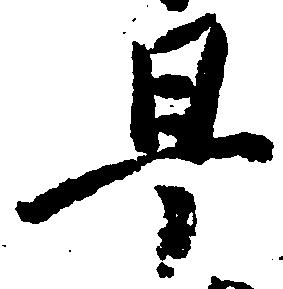
早